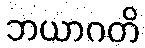
ဘယာဂတိ